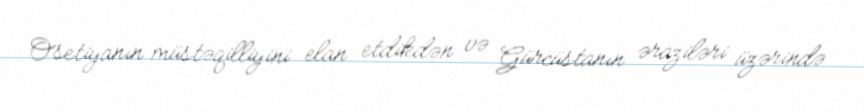
Osetiyanın müstəqilliyini elan etdikdən və Gürcüstanın əraziləri üzərində